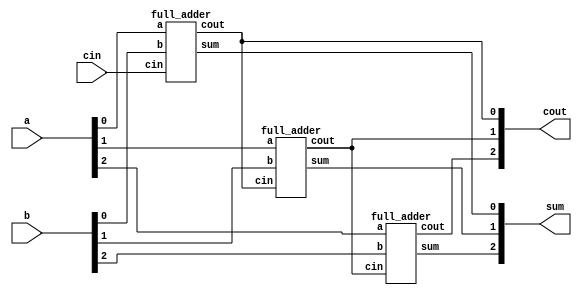
module top_module( 
    input [2:0] a, b,
    input cin,
    output [2:0] cout,
    output [2:0] sum );

    wire [2:0] c;

full_adder FA0 (.a(a[0]), .b(b[0]), .cin(cin), .sum(sum[0]), .cout(c[0]));
full_adder FA1 (.a(a[1]), .b(b[1]), .cin(c[0]), .sum(sum[1]), .cout(c[1]));
full_adder FA2 (.a(a[2]), .b(b[2]), .cin(c[1]), .sum(sum[2]), .cout(c[2]));

assign cout = c;

endmodule

module full_adder( 
    input a, b, cin,
    output cout, sum );
    
    assign sum = a^b^cin;
    assign cout = (a&b) | (a^b)&cin;
endmodule